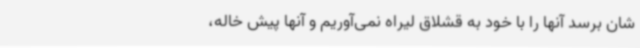
شان برسد آنها را با خود به قشلاق لیراه نمی‌آوریم و آنها پیش خاله،